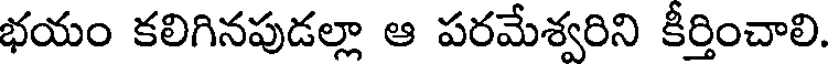
భయం కలిగినపుడల్లా ఆ పరమేశ్వరిని కీర్తించాలి.